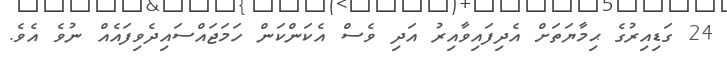
24 ގަޑިއިރުގެ ޙިމާޔަތަށް އެދިފައިވާއިރު އަދި ވެސް އެކަންކަން ހަމަޖައްސައިދެވިފައެެއް ނުވެ އެވެ.